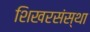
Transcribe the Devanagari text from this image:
शिखरसंस्था